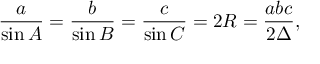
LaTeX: { \frac { a } { \sin A } } = { \frac { b } { \sin B } } = { \frac { c } { \sin C } } = 2 R = { \frac { a b c } { 2 \Delta } } ,